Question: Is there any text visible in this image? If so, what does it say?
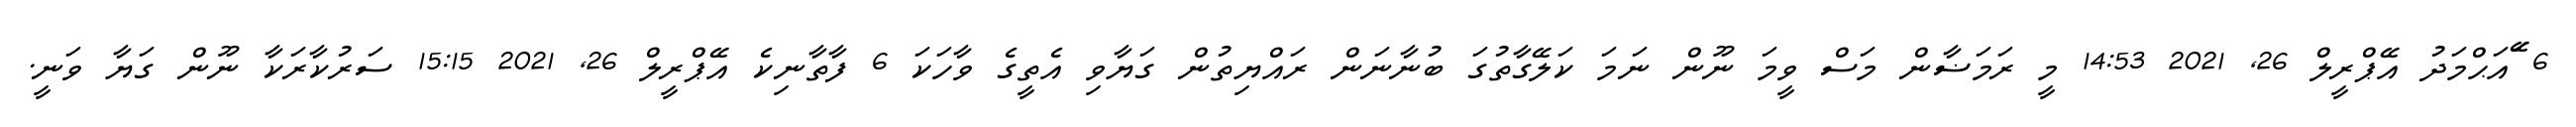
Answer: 6 ޭައަޙްމަދު އޭޕްރީލް 26, 2021 14:53 މީ ރަމަޟާން މަސް ވީމަ ނޫން ނަމަ ކަލޭގާތުގަ ބުނާނަން ރައްޔިތުން ގަޔާވި އެތީގެ ވާހަކަ 6 ފާތާނިކެ އޭޕްރީލް 26, 2021 15:15 ސަރުކާރަކާ ނޫން ގަޔާ ވަނީ.